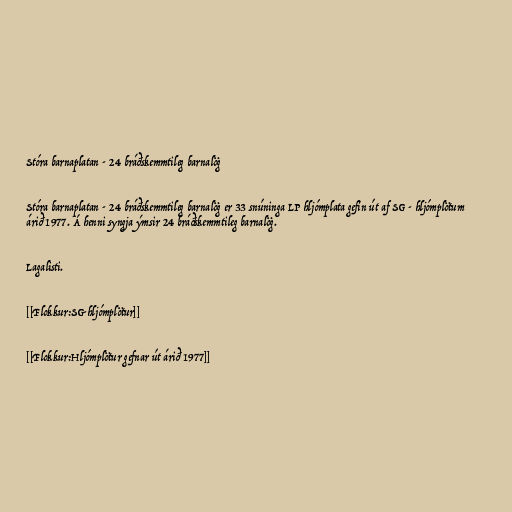
Stóra barnaplatan - 24 bráðskemmtileg barnalög

Stóra barnaplatan - 24 bráðskemmtileg barnalög er 33 snúninga LP hljómplata gefin út af SG - hljómplötum
árið 1977. Á henni syngja ýmsir 24 bráðskemmtileg barnalög.

Lagalisti.

[[Flokkur:SG-hljómplötur]]

[[Flokkur:Hljómplötur gefnar út árið 1977]]